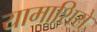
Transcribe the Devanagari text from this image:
यामाशिरो